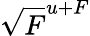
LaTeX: \sqrt{F}^{u+F}